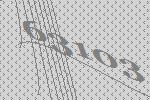
63103